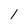
Character: 1